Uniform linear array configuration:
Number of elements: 8
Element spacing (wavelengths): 0.25
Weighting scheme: uniform
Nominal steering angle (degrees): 30
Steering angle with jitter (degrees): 31.789
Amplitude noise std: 0.05
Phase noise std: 0.05

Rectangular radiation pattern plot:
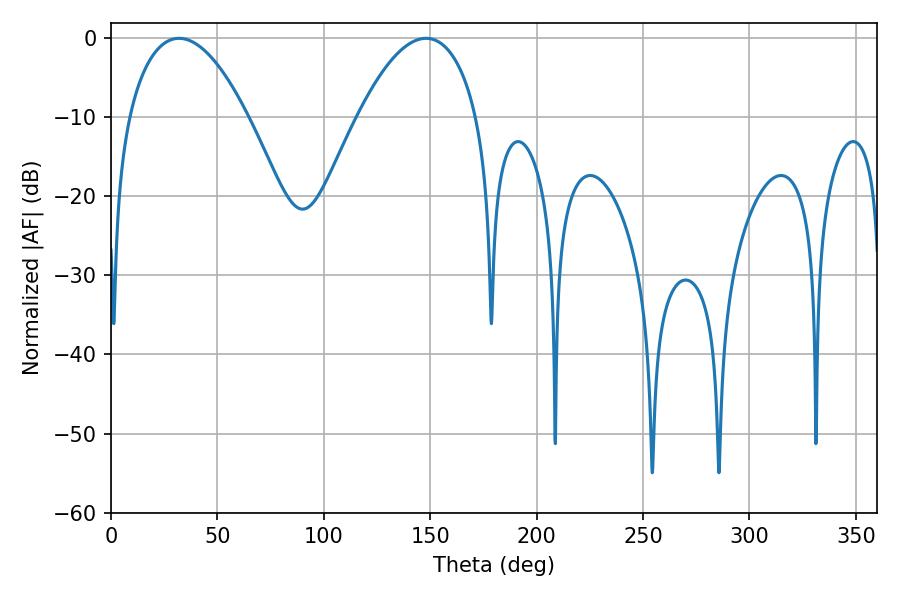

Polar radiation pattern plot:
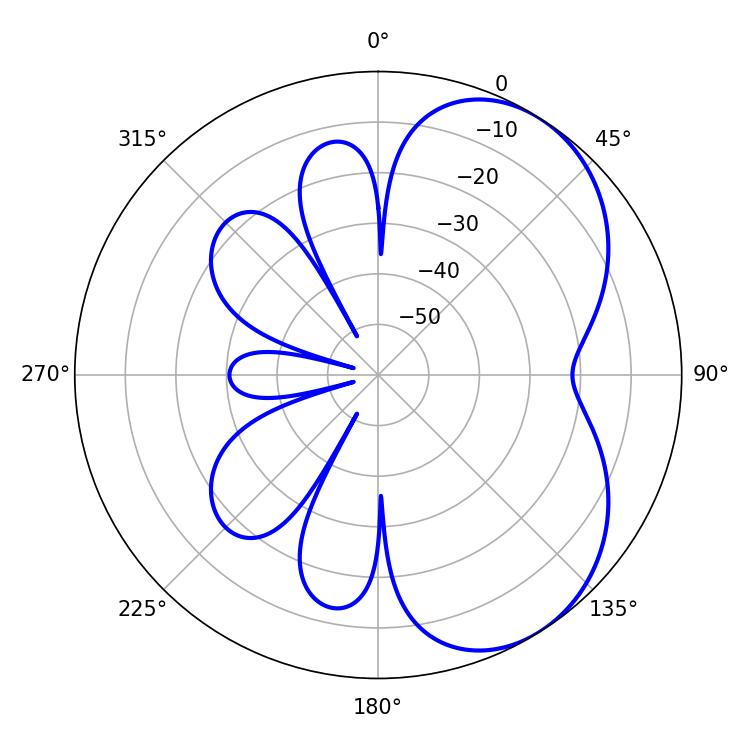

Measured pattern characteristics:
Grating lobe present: FALSE
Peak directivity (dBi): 5.008
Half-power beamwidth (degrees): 31.14
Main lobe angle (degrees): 32.04